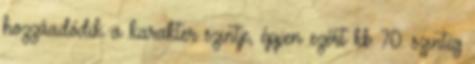
hozzáadódik a karakter szintje, éppen ezért kb 70. szintig